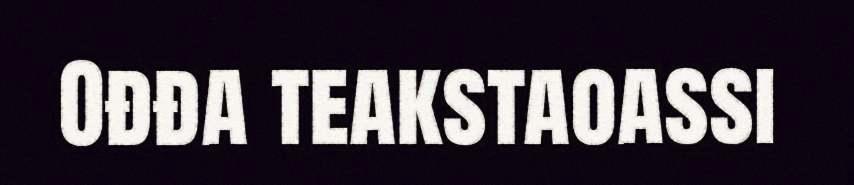
Ođđa teakstaoassi